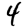
Digit: 4